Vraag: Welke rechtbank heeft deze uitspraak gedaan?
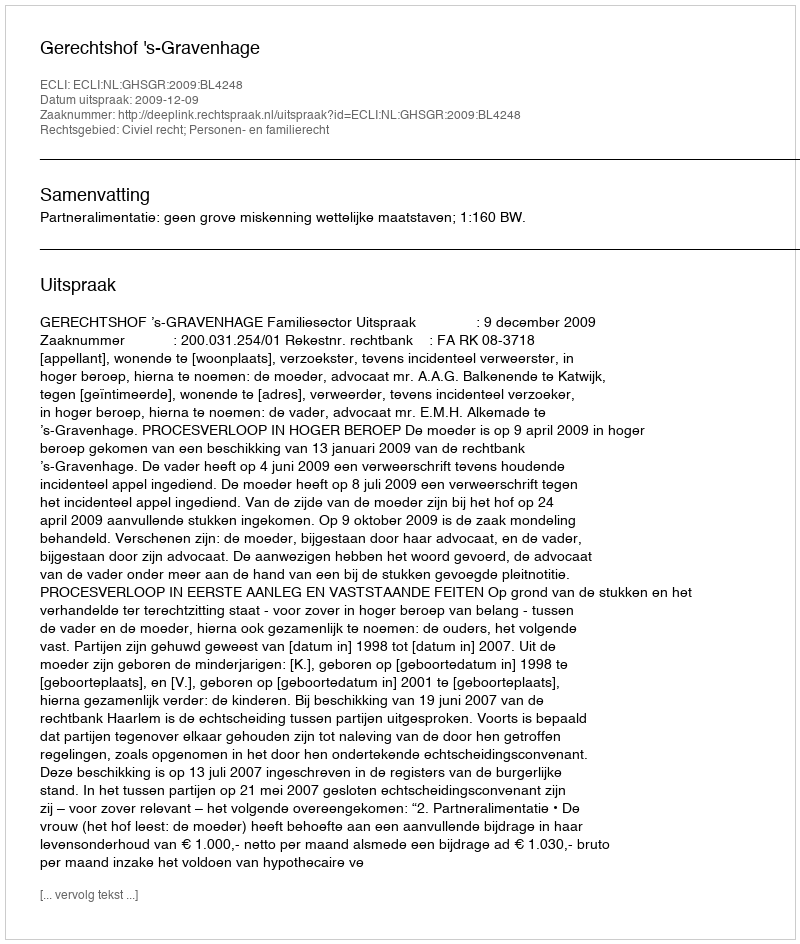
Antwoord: Gerechtshof 's-Gravenhage